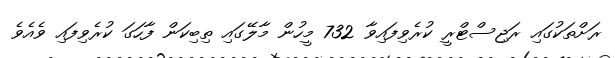
ރަށްތަކުގައި ރަޖިސްޓްރީ ކުރެވިފައިވާ 732 މީހުން މާލޭގައި ތިބިކަން ފާހަގަ ކުރެވިފައި ވެއެވެ